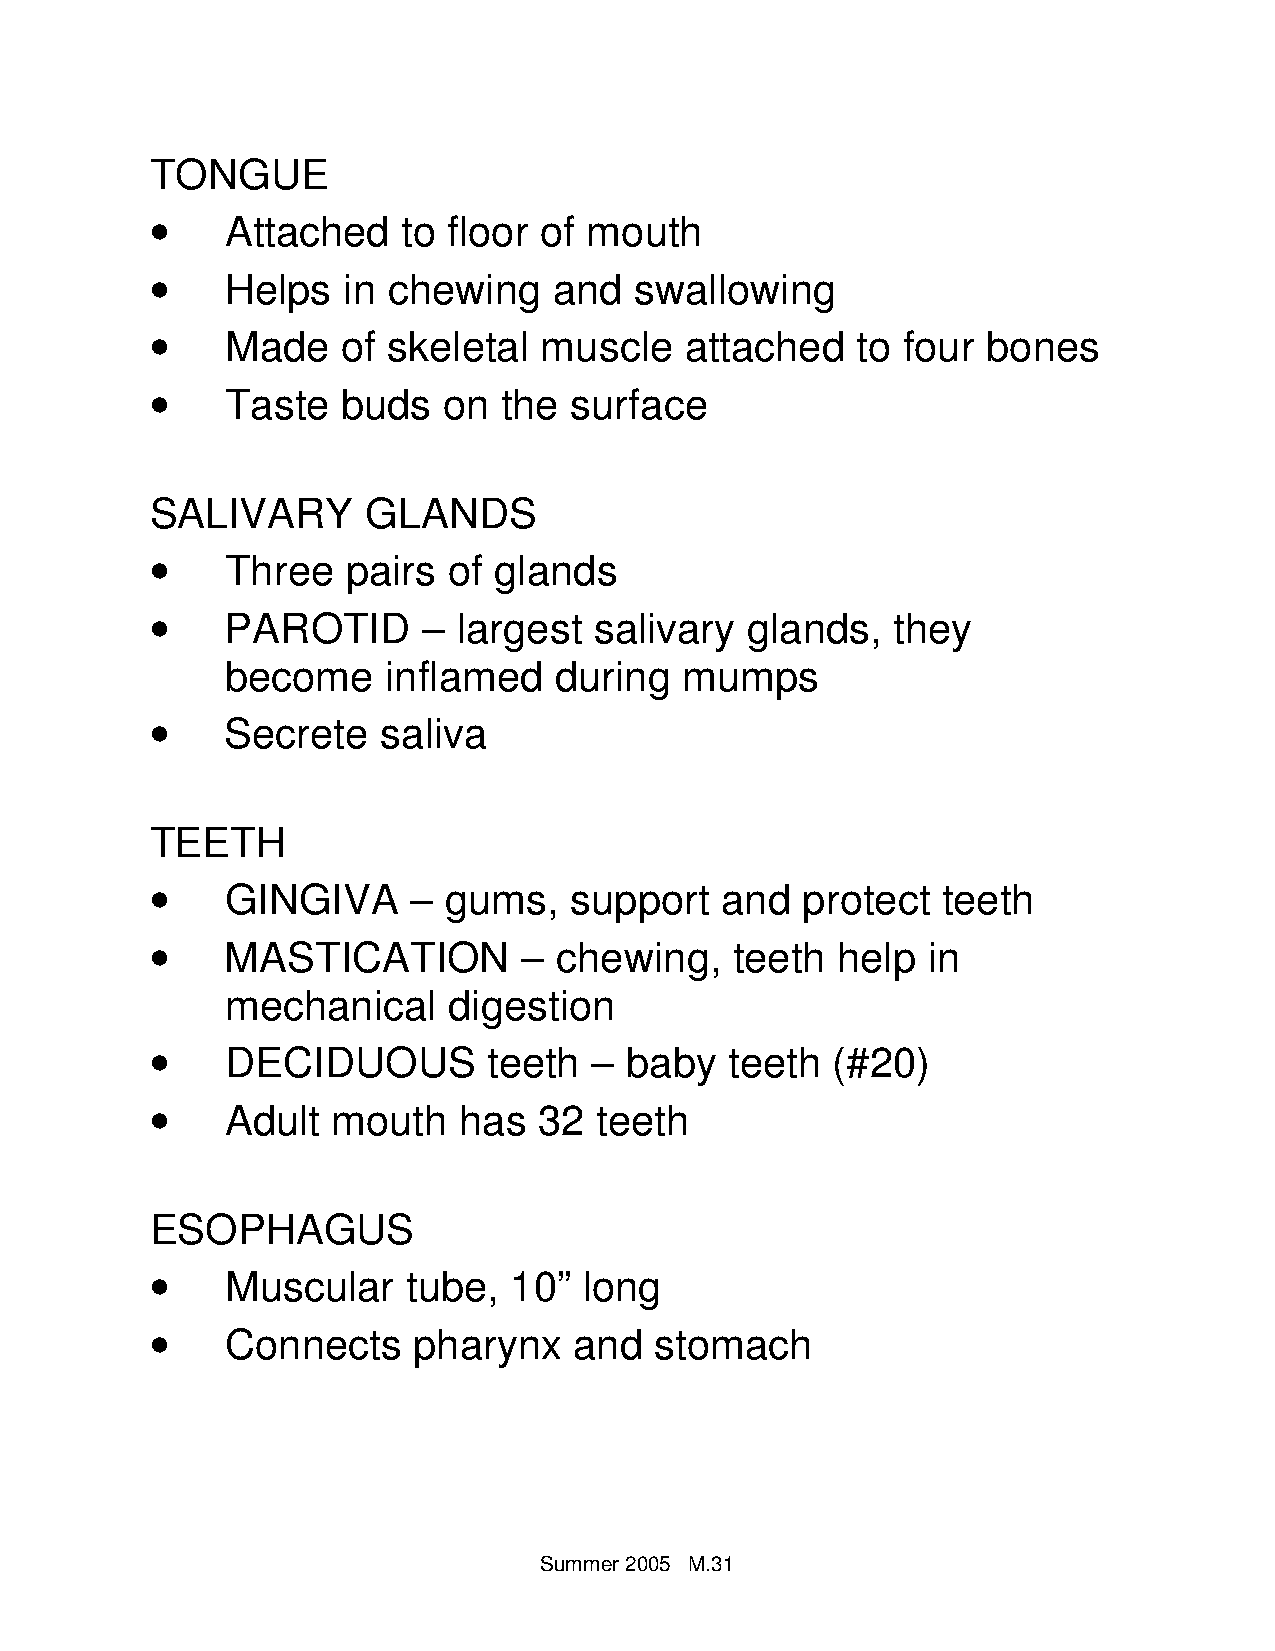
TONGUE
 •
 Attached    to floor of mouth
 •
 Helps   in chewing    and  swallowing
 •
 Made    of skeletal  muscle   attached    to four bones
 •
 Taste   buds  on  the  surface
 SALIVARY      GLANDS
 •
 Three   pairs  of glands
 •
 PAROTID      – largest  salivary  glands,   they
 become     inflamed   during  mumps
 •
 Secrete   saliva
 TEETH
 •
 GINGIVA     – gums,    support   and  protect  teeth
 •
 MASTICATION         – chewing,    teeth help  in
 mechanical     digestion
 •
 DECIDUOUS        teeth  – baby   teeth  (#20)
 •
 Adult  mouth   has   32 teeth
 ESOPHAGUS
 •
 Muscular    tube,  10”  long
 •
 Connects    pharynx    and  stomach
 Summer 20 05 M.31